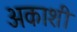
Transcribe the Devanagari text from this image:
अकाशी